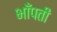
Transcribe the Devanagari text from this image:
भाँपती